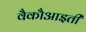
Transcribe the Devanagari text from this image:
वैकौआइती